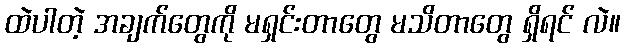
ထဲပါတဲ့ အချက်တွေကို မရှင်းတာတွေ မသိတာတွေ ရှိရင် လဲ။